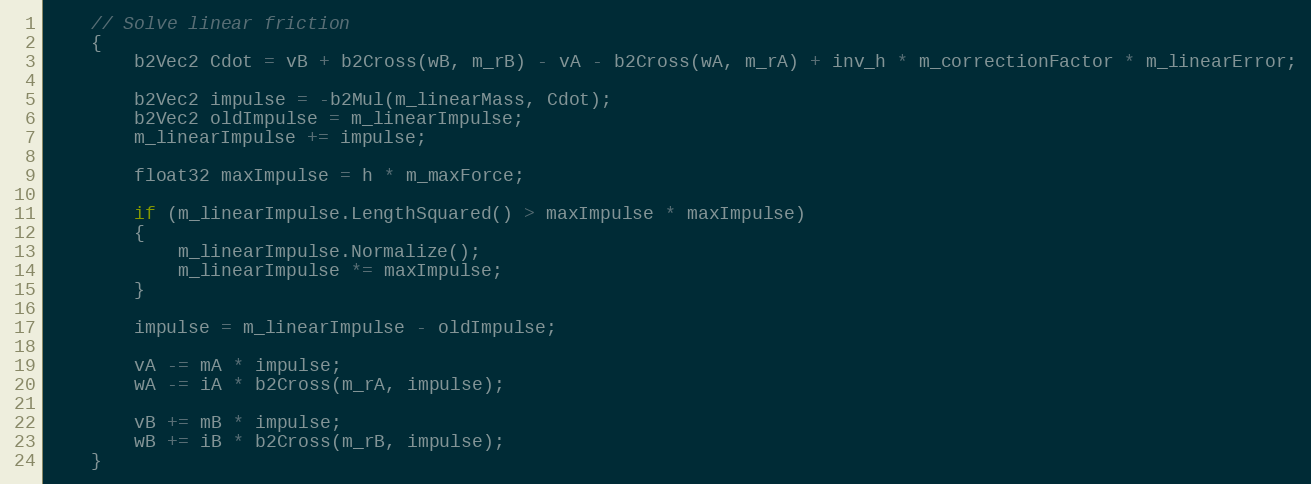
Language: C++
	// Solve linear friction
	{
		b2Vec2 Cdot = vB + b2Cross(wB, m_rB) - vA - b2Cross(wA, m_rA) + inv_h * m_correctionFactor * m_linearError;

		b2Vec2 impulse = -b2Mul(m_linearMass, Cdot);
		b2Vec2 oldImpulse = m_linearImpulse;
		m_linearImpulse += impulse;

		float32 maxImpulse = h * m_maxForce;

		if (m_linearImpulse.LengthSquared() > maxImpulse * maxImpulse)
		{
			m_linearImpulse.Normalize();
			m_linearImpulse *= maxImpulse;
		}

		impulse = m_linearImpulse - oldImpulse;

		vA -= mA * impulse;
		wA -= iA * b2Cross(m_rA, impulse);

		vB += mB * impulse;
		wB += iB * b2Cross(m_rB, impulse);
	}